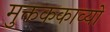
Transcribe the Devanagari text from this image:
मुक्तककाव्यों